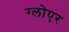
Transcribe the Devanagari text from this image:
ग्लोएर